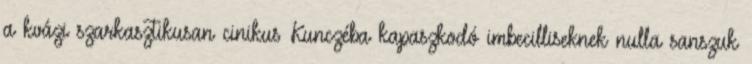
a kvázi szarkasztikusan cinikus Kunczéba kapaszkodó imbecilliseknek nulla sanszuk